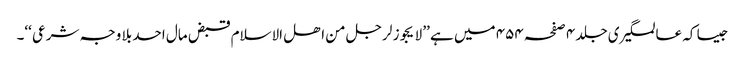
جیسا کہ عالمگیری جلد ۴ صفحہ ۴۵۴ میں ہے ’’ لا یجوز لرجل من اھل الاسلام قبض مال احد بلا وجہ شرعی ‘‘۔